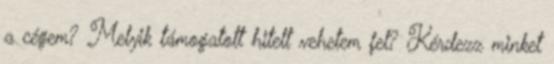
a cégem? Melyik támogatott hitelt vehetem fel? Kérdezz minket